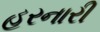
હરનારી